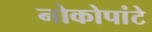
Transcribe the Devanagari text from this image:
नोकोपांटे